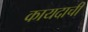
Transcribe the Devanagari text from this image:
कायदाची